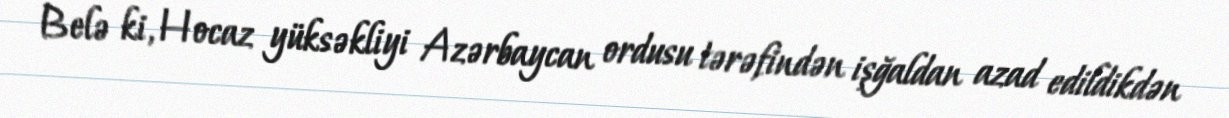
Belə ki, Hocaz yüksəkliyi Azərbaycan ordusu tərəfindən işğaldan azad edildikdən